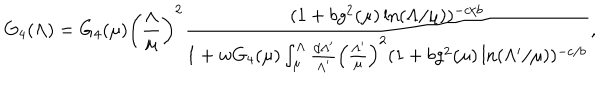
G _ { 4 } ( \Lambda ) = G _ { 4 } ( \mu ) \left( \frac { \Lambda } { \mu } \right) ^ { 2 } \frac { ( 1 + b g ^ { 2 } ( \mu ) \ln ( \Lambda / \mu ) ) ^ { - c / b } } { 1 + w G _ { 4 } ( \mu ) \int _ { \mu } ^ { \Lambda } \frac { d \Lambda ^ { \prime } } { \Lambda ^ { \prime } } \left( \frac { \Lambda ^ { \prime } } { \mu } \right) ^ { 2 } ( 1 + b g ^ { 2 } ( \mu ) \ln ( \Lambda ^ { \prime } / \mu ) ) ^ { - c / b } } ,